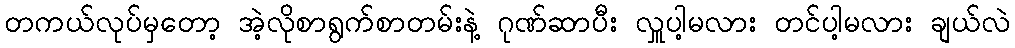
တကယ်လုပ်မှတော့ အဲ့လိုစာရွက်စာတမ်းနဲ့ ဂုဏ်ဆာပီး လှူပါ့မလား တင်ပါ့မလား ချယ်လဲ